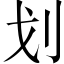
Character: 划